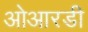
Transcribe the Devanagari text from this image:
ओआरडी